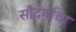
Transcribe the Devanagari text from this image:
सौदर्याचा